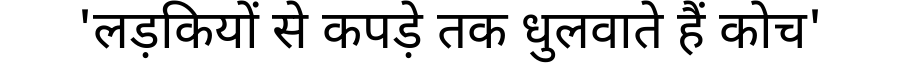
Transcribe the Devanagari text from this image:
'लड़कियों से कपड़े तक धुलवाते हैं कोच'